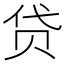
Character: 贷